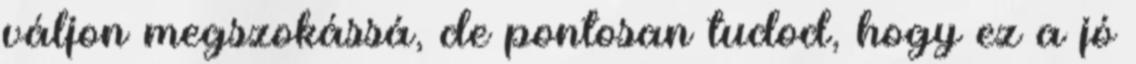
váljon megszokássá, de pontosan tudod, hogy ez a jó